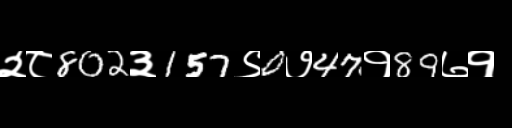
Text: २८802३157९0७47१89७१